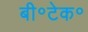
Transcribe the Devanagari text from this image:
बी॰टेक॰